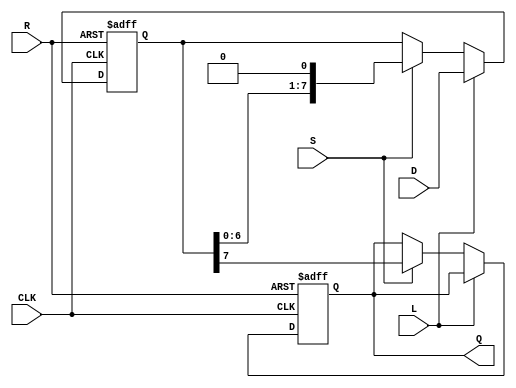
module PISO_Register #(
    parameter WIDTH = 8  // Parameter to define the width of the register
)(
    input wire [WIDTH-1:0] D,  // Data inputs
    input wire L,               // Load control signal
    input wire S,               // Shift control signal
    input wire CLK,             // Clock signal
    input wire R,               // Asynchronous reset signal
    output reg Q               // Serial output
);

    reg [WIDTH-1:0] R_reg;      // Internal register to hold the loaded data
    integer i;                  // Loop variable for shifting

    // Asynchronous reset
    always @(posedge CLK or posedge R) begin
        if (R) begin
            R_reg <= {WIDTH{1'b0}}; // Clear the register to zero
            Q <= 1'b0;              // Clear the serial output
        end else if (L) begin
            R_reg <= D;            // Load data into the register
        end else if (S) begin
            // Shift out the data serially
            Q <= R_reg[WIDTH-1];   // Output the MSB
            R_reg <= {R_reg[WIDTH-2:0], 1'b0}; // Shift left and fill with 0
        end
    end

endmodule